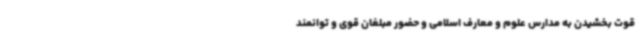
قوت بخشیدن به مدارس علوم و معارف اسلامی و حضور مبلغان قوی و توانمند